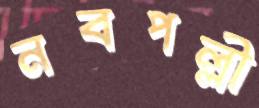
নবপল্লী